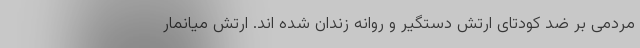
مردمی بر ضد کودتای ارتش دستگیر و روانه زندان شده اند. ارتش میانمار